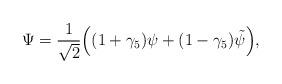
LaTeX: \begin{align*}\Psi = \frac{1}{\sqrt{2}}\Big((1+\gamma_5)\psi+(1-\gamma_5)\tilde\psi\Big),\end{align*}